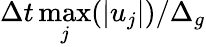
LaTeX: \Delta t\operatorname*{max}_{j}(|u_{j}|)/\Delta_{g}